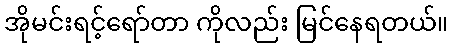
အိုမင်းရင့်ရော်တာ ကိုလည်း မြင်နေရတယ်။